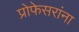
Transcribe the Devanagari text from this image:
प्रोफेसरांना